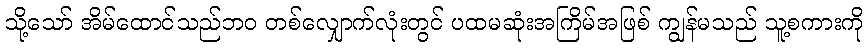
သို့သော် အိမ်ထောင်သည်ဘဝ တစ်လျှောက်လုံးတွင် ပထမဆုံးအကြိမ်အဖြစ် ကျွန်မသည် သူ့စကားကို